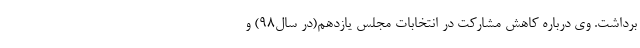
برداشت. وی درباره کاهش مشارکت در انتخابات مجلس یازدهم(در سال۹۸) و